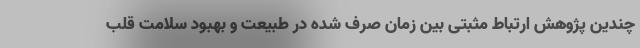
چندین پژوهش ارتباط مثبتی بین زمان صرف شده در طبیعت و بهبود سلامت قلب